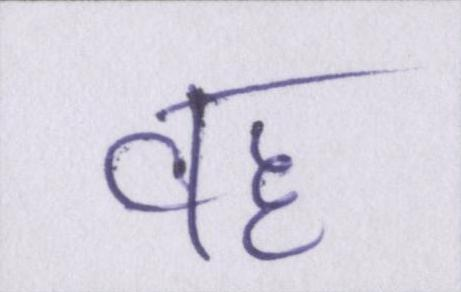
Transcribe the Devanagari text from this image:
वह